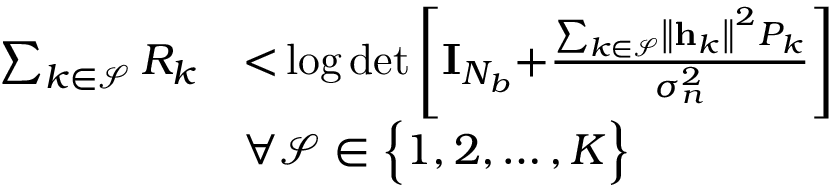
\begin{array} { r l } { \sum _ { k \in \mathcal { S } } R _ { k } } & { { < } \log \operatorname* { d e t } \left[ \mathbf { I } _ { N _ { b } } { + } \frac { \sum _ { k \in \mathcal { S } } \left\| \mathbf { h } _ { k } \right\| ^ { 2 } P _ { k } } { \sigma _ { n } ^ { 2 } } \right] } \\ & { \forall \mathcal { S } \in \Bigl \{ 1 , 2 , \ldots , K \Bigr \} } \end{array}